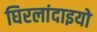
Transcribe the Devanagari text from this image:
घिरलांदाइयो